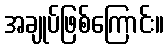
အချုပ်ဖြစ်ကြောင်း။